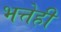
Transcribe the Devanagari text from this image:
भत्तेही